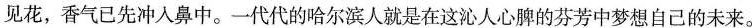
见花，香气已先冲入鼻中。一代代的哈尔滨人就是在这沁人心脾的芬芳中梦想自己的未来。